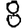
Digit: 8